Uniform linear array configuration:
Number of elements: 48
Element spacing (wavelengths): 0.5
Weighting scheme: kaiser
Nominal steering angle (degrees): -15
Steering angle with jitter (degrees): -16.668
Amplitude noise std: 0.05
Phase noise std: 0.05

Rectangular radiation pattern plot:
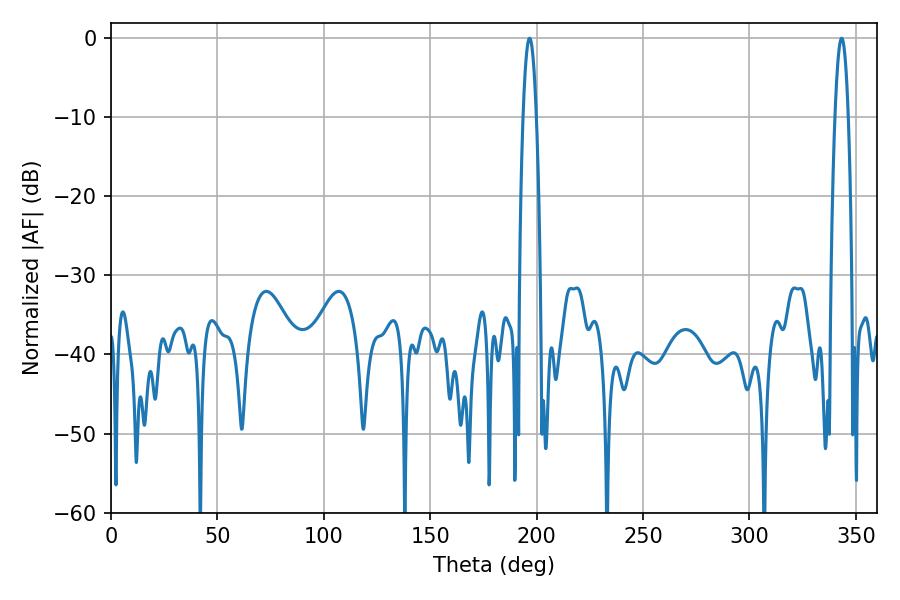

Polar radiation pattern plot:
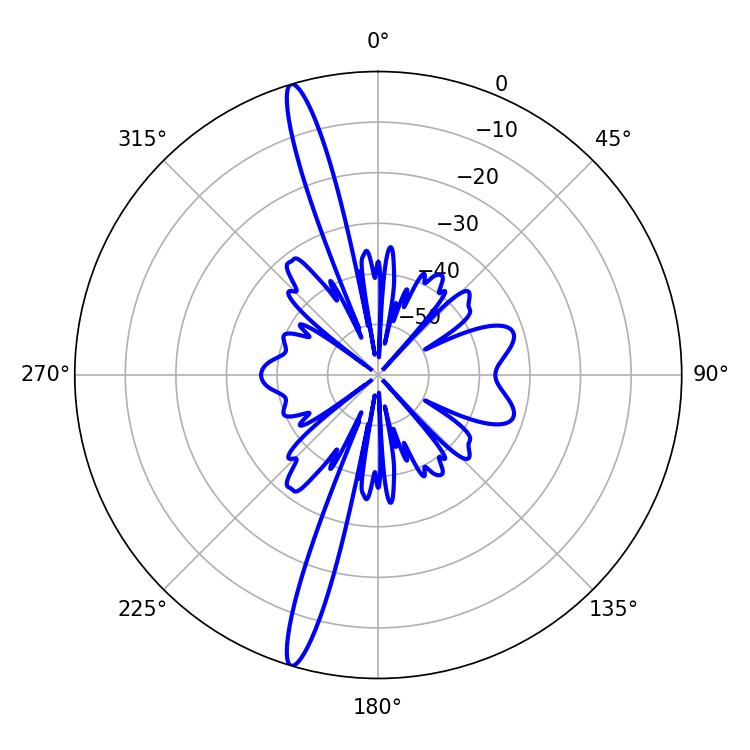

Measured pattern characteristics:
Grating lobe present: FALSE
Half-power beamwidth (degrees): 3.42
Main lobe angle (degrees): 196.74